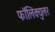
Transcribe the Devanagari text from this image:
फॉलिक्युलर